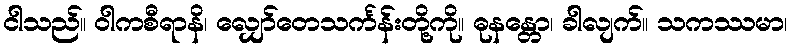
ငါသည်။ ဝါကစီရာနိ၊ လျှော်တေသင်္ကန်းတို့ကို။ ဓုနန္တော၊ ခါလျက်။ သကဿမာ၊